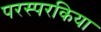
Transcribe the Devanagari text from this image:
परस्परकिया